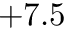
+ 7 . 5